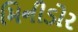
મિનીડોર